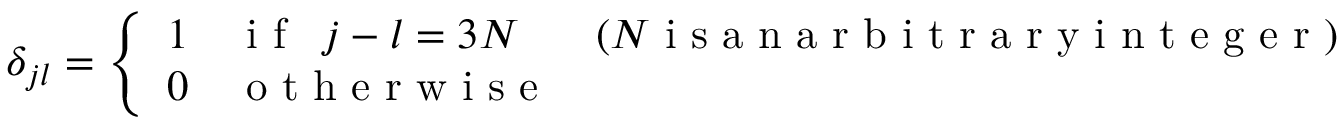
\delta _ { j l } = \left\{ \begin{array} { l l l l } { { 1 } } & { { \textrm { i f } \, \, \, j - l = 3 N } } & { { ( N \textrm { i s a n a r b i t r a r y i n t e g e r } ) } } \\ { { 0 } } & { { \textrm { o t h e r w i s e } } } & { { } } \end{array} \right.